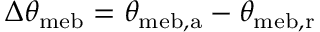
\Delta \theta _ { \mathrm { { m e b } } } = \theta _ { \mathrm { { m e b , a } } } - \theta _ { \mathrm { { m e b , r } } }